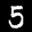
Label: 5